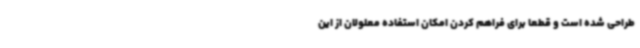
طراحی شده‌ است و قطعا برای فراهم کردن امکان استفاده معلولان از این